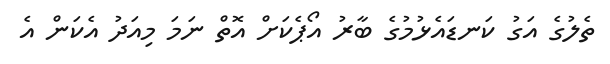
ތެލުގެ އަގު ކަނޑައެޅުމުގެ ބާރު އޯޕެކަށް އޮތް ނަމަ މިއަދު އެކަން އެ